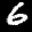
Label: 6